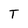
Character: T